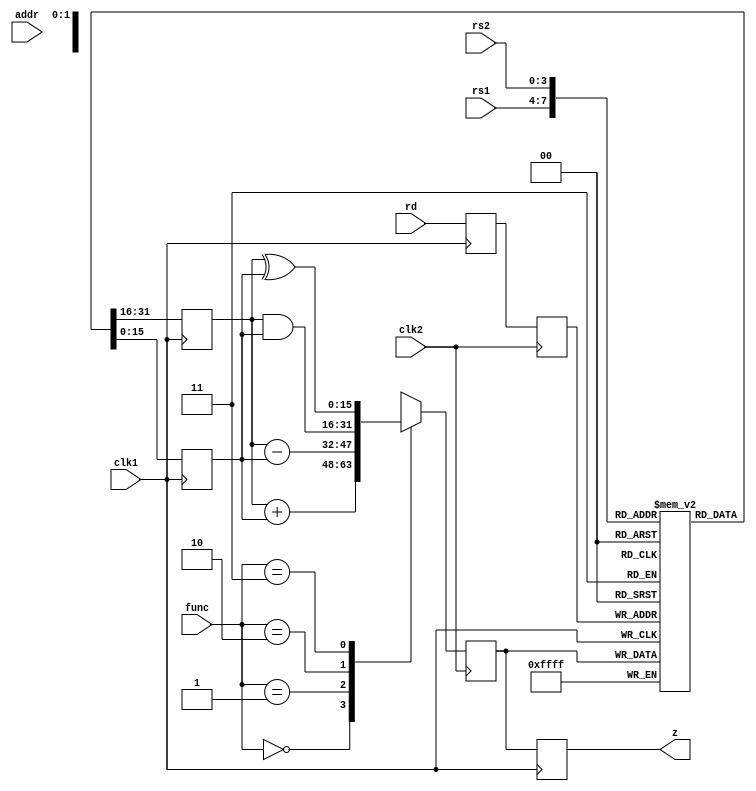
`timescale 1ns / 1ps
//////////////////////////////////////////////////////////////////////////////////
// Company: 
// Engineer: 
// 
// Design Name: 
// Module Name:    pipelining 
// Project Name: 
// Target Devices: 
// Tool versions: 
// Description: 
//
// Dependencies: 
//
// Revision: 
// Revision 0.01 - File Created
// Additional Comments: 
//
//////////////////////////////////////////////////////////////////////////////////
module pipelining(rs1,rs2,rd,z,addr,func,clk1,clk2);
input clk1,clk2;
input [3:0] rs1,rs2,rd;
input [1:0] func;
input [7:0] addr;
output [15:0] z;
reg [15:0] L12_A,L12_B,L23_z,L34_z;
reg [3:0] L12_rd,L12_func,L23_rd;
reg [7:0] L12_addr,L23_addr,L34_addr;

reg [15:0] regbank [0:15];
reg [15:0] mem [0:255];

assign z = L34_z;
//stage1
always @(posedge clk1)
begin
L12_A <= #2 regbank[rs1];
L12_B <= #2 regbank[rs2];
L12_rd <= #2 rd;
L12_func <= #2 func;
L12_addr <= #2 addr;
end
//stage2
always @(negedge clk2)
begin
	case(func)
		0: L23_z <= #2 L12_A + L12_B;
		1: L23_z <= #2 L12_A - L12_B;
		2: L23_z <= #2 L12_A & L12_B;
		3: L23_z <= #2 L12_A ^ L12_B;
		default: L23_z <= #2 16'hxxxx;
	endcase
	L23_rd <= #2 L12_rd;
	L23_addr <= #2 L12_addr;
end
//stage3
always @(posedge clk1)
begin
regbank[L23_rd] <= #2 L23_z;
L34_z <= #2 L23_z;
L34_addr <= #2 L23_addr;
end
//stage4
always @(negedge clk2)
begin
mem[L34_addr] <= #2 L34_z;
end 

endmodule